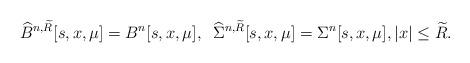
LaTeX: \begin{align*}\widehat B^{n,\widetilde R} [s,x,\mu] = B^n [s,x,\mu], \;\; \widehat \Sigma^{n,\widetilde R}[s,x,\mu] = \Sigma^n[s,x,\mu], |x|\le \widetilde R.\end{align*}